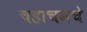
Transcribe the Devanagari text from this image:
चहाचमचे